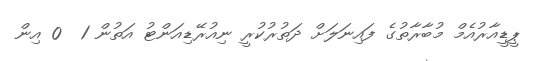
ޕީޑީއާރުއެމް މުބާރާތުގެ ފައިނަލަށް ދަތުރުކުރީ ނިއުރޭޑިއަންޓު އަތުން 1  0 އިން